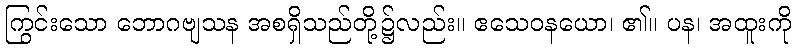
ကြွင်းသော ဘောဂဗျသန အစရှိသည်တို့၌လည်း။ ဧသေဝနယော၊ ၏။ ပန၊ အထူးကို